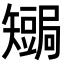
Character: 𥐏